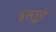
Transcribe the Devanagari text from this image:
इसङ्की